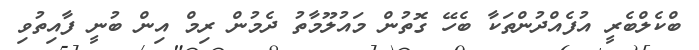
ބްކެލްބެރީ އުފެއްދުންތަކާ ބެހޭ ގޮތުން މައުލޫމާތު ދެމުން ރިމް އިން ބުނީ ފާއިތުވި